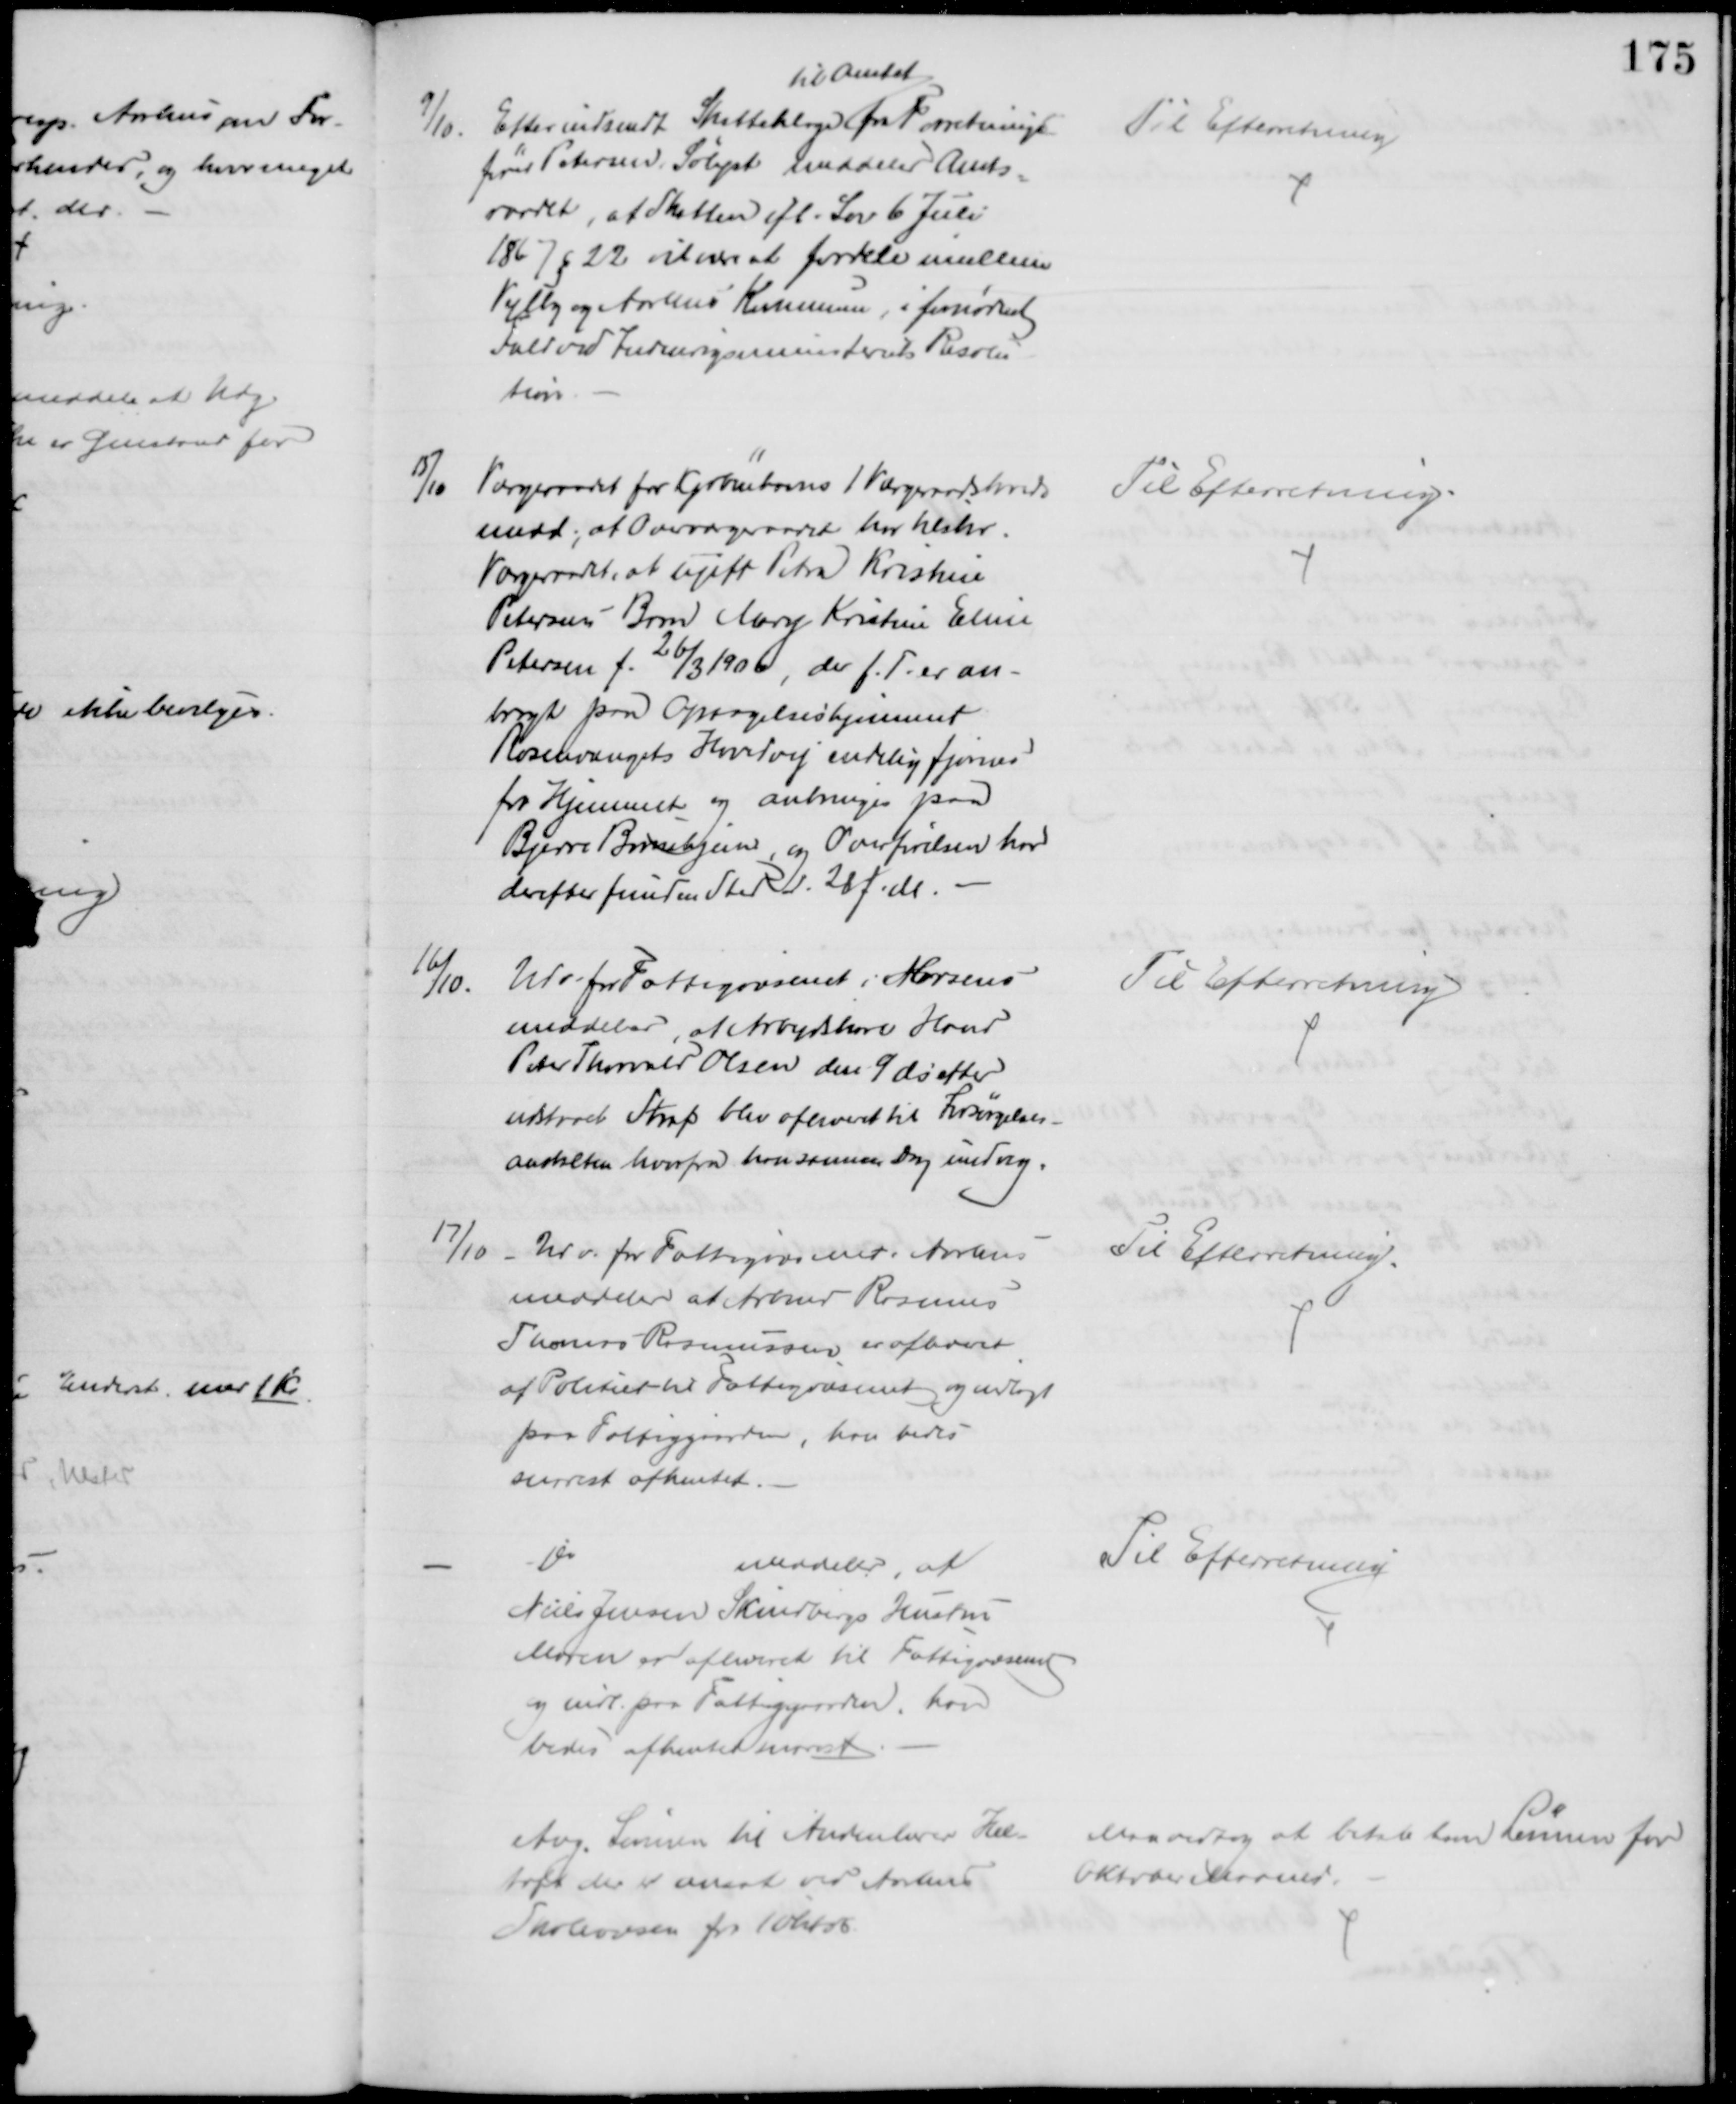
Transskription:
9/10. Efter indsendt Skatteklage 
til Amtet
fra Forretnings-
fører Petersen, Sølyst meddeler Amts-
raadet, at Skatten ifl. Lov 6 Juli
1867 § 22 vil være at fordele imellem
Vejlby og Aarhus Kommune, i fornødent
Fald ved Indenrigsministeriets Resolu-
tion.
Til Efterretning
15/10
Værgeraadet for Kjøbenhavns 1 Værgeraadskreds
medd., at Overværgeraadet har tilskr.
Værgeraadet, at ugift Petra Kristine
Petersens Barn Mary Kristine Eline
Petersen f. 26/3 1906, der f. T. er an-
bragt paa Optagelseshjemmet
Rosenvængets Hovedvej endelig fjernes
fra Hjemmet og anbringes paa
Bjerre Børnehjem og Overførelsen har
derefter funden Sted d. 28 f. M.
Til Efterretning.
16/10.
Udv. for Fattigvæsenet i Horsens
meddeler, at Arbejdskarl Hans
Peter Thorvald Olsen den 9 ds efter
udstaaet Straf blev afleveret til Forsørgelses-
anstalten hvorfra han samme Dag undveg.
Til Efterretning
17/10
Udv. for Fattigvæsenet i Aarhus
meddeler at Arbmd Rasmus
Thomas Rasmussen er afleveret
af Politiet til Fattigvæsenet og indlagt
paa Fattiggaarden, han bedes
snarest afhentet.
Til Efterretning.
Do
meddeler, at
Niels Jensen Skindbergs Hustru
Maren er afleveret til Fattigvæsenet
og indl. paa Fattiggaarden, hun
bedes afhentet snarest
Til Efterretning
Ang. Lønnen til Andenlærer Hel-
toft der er ansat ved Aarhus
Skolevæsen fra 1 Oktob
Maa vedtog at betale ham Lønnen for
Oktober Maaned.